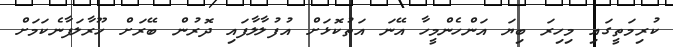
ކުރިމަތީގައި މިހިރަ ބިޔަ އަންހެންމީހާ އޭނަ އަތުކޮޅަށް އުފުލާލާފައި ދޮރުން ބޭރަށް ހޫރާލަފާނެކަމަށް